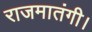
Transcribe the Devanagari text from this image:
राजमातंगी।